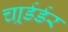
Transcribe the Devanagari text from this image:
चार्र्डर्डर